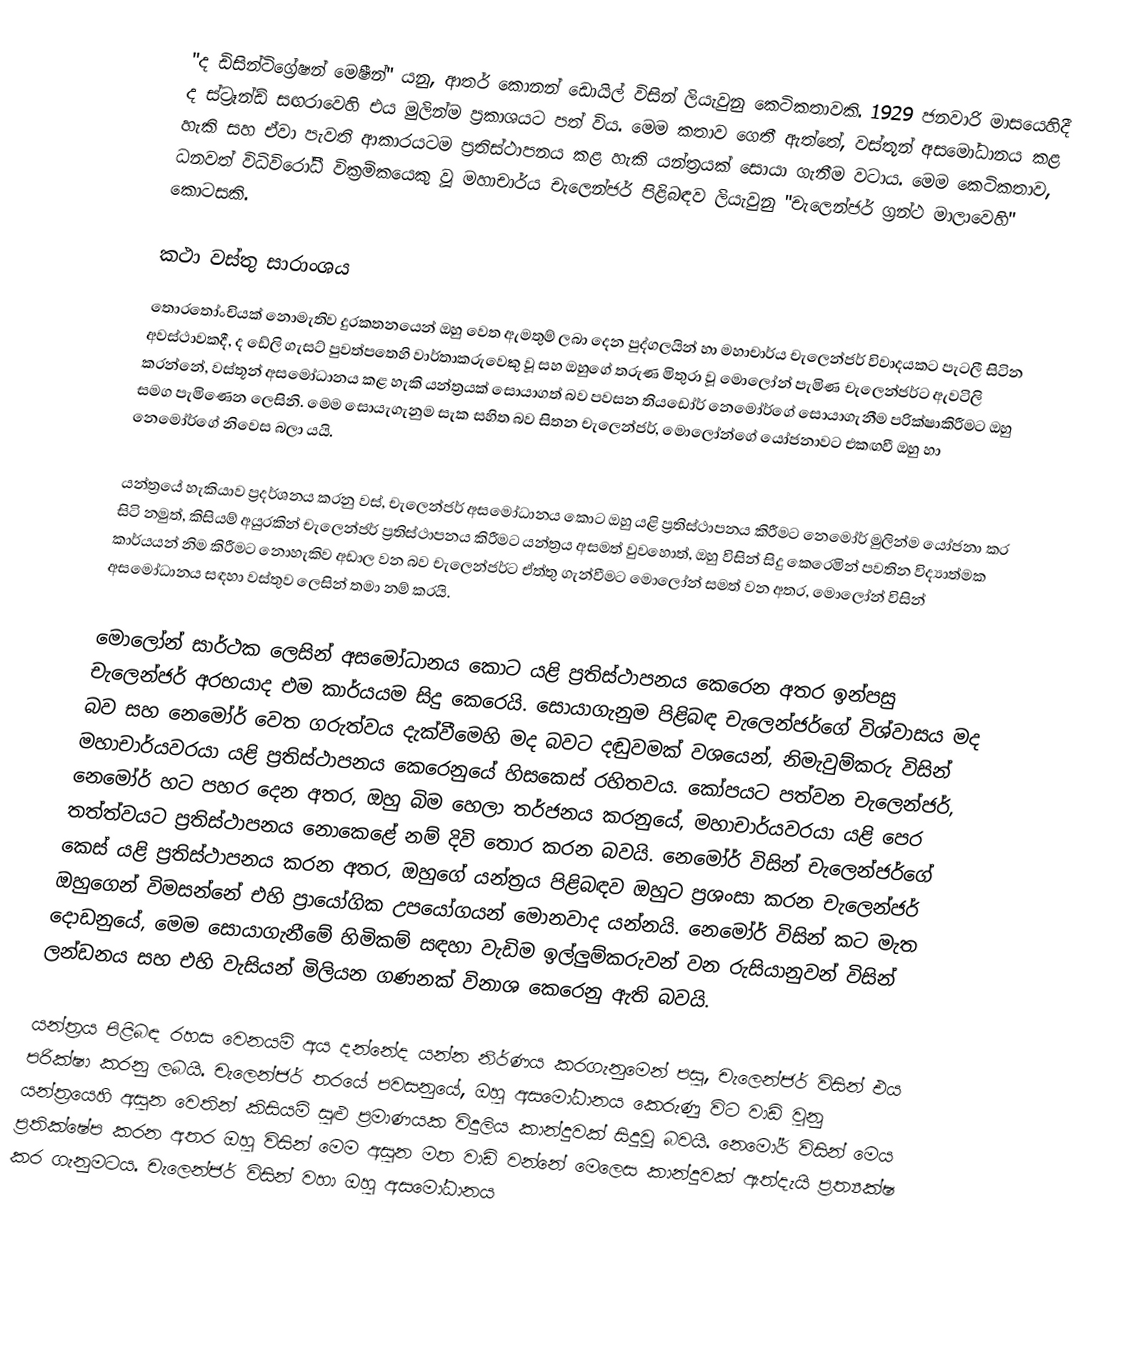
"ද ඩිසින්ටිග්‍රේෂන් මෙෂීන්" යනු,  ආතර් කොනන් ඩොයිල් විසින් ලියැවුනු කෙටිකතාවකි. 1929 ජනවාරි මාසයෙහිදී   ද ස්ට්‍රෑන්ඩ් සඟරාවෙහි එය මුලින්ම ප්‍රකාශයට පත් විය. මෙම කතාව ගෙතී ඇත්තේ, වස්තූන් අසමෝධානය කළ හැකි සහ ඒවා පැවති ආකාරයටම ප්‍රතිස්ථාපනය කළ හැකි   යන්ත්‍රයක් සොයා ගැනීම වටාය. මෙම කෙටිකතාව,  ධනවත් විධිවිරෝධී වික්‍රමිකයෙකු වූ මහාචාර්ය චැලෙන්ජර් පිළිබඳව ලියැවුනු "චැලෙන්ජර් ග්‍රන්ථ මාලාවෙහි" කොටසකි.

කථා වස්තු සාරාංශය
තොරතෝංචියක් නොමැතිව  දුරකතනයෙන් ඔහු වෙත ඇමතුම් ලබා දෙන පුද්ගලයින් හා මහාචාර්ය චැලෙන්ජර් විවාදයකට පැටලී සිටින අවස්ථාවකදී, ද ඩේලි ගැසට් පුවත්පතෙහි වාර්තාකරුවෙකු වූ සහ ඔහුගේ තරුණ මිතුරා වූ මොලෝන් පැමිණ චැලෙන්ජර්ට ඇවටිලි කරන්නේ, වස්තූන් අසමෝධානය කළ හැකි යන්ත්‍රයක් සොයාගත් බව පවසන තියඩෝර් නෙමෝර්ගේ සොයාගැනීම පරික්ෂාකිරීමට ඔහු සමග පැමිණෙන ලෙසිනි. මෙම සොයැගැනුම සැක සහිත බව සිතන චැලෙන්ජර්, මොලෝන්ගේ යෝජනාවට එකඟවී ඔහු හා නෙමෝර්ගේ නිවෙස බලා යයි.

යන්ත්‍රයේ  හැකියාව ප්‍රදර්ශනය කරනු වස්, චැලෙන්ජර් අසමෝධානය කොට ඔහු යළි ප්‍රතිස්ථාපනය කිරීමට  නෙමෝර් මුලින්ම යෝජනා කර සිටි නමුත්, කිසියම් අයුරකින් චැලෙන්ජර් ප්‍රතිස්ථාපනය කිරීමට යන්ත්‍රය අසමත් වුවහොත්, ඔහු විසින් සිදු කෙරෙමින් පවතින විද්‍යාත්මක කාර්යයන් නිම කිරීමට නොහැකිව අඩාල වන බව චැලෙන්ජර්ට ඒත්තු ගැන්වීමට මොලෝන් සමත් වන අතර,  මොලෝන් විසින්  අසමෝධානය සඳහා වස්තුව ලෙසින් තමා නම් කරයි.

මොලෝන් සාර්ථක ලෙසින් අසමෝධානය කොට යළි ප්‍රතිස්ථාපනය කෙරෙන අතර ඉන්පසු චැලෙන්ජර් අරභයාද එම කාර්යයම සිදු කෙරෙයි. සොයාගැනුම පිළිබඳ චැලෙන්ජර්ගේ විශ්වාසය මද බව සහ නෙමෝර් වෙත ගරුත්වය දැක්වීමෙහි මද  බවට දඬුවමක් වශයෙන්, නිමැවුම්කරු විසින් මහාචාර්යවරයා යළි ප්‍රතිස්ථාපනය කෙරෙනුයේ හිසකෙස් රහිතවය. කෝපයට පත්වන චැලෙන්ජර්, නෙමෝර් හට පහර දෙන අතර, ඔහු බිම හෙලා තර්ජනය කරනුයේ, මහාචාර්යවරයා යළි පෙර තත්ත්වයට ප්‍රතිස්ථාපනය නොකෙළේ නම් දිවි තොර කරන බවයි. නෙමෝර් විසින් චැලෙන්ජර්ගේ කෙස් යළි ප්‍රතිස්ථාපනය කරන අතර, ඔහුගේ යන්ත්‍රය පිළිබඳව ඔහුට ප්‍රශංසා කරන චැලෙන්ජර් ඔහුගෙන් විමසන්නේ එහි ප්‍රායෝගික උපයෝගයන් මොනවාද යන්නයි. නෙමෝර් විසින් කට මැත දොඩනුයේ, මෙම සොයාගැනීමේ හිමිකම් සඳහා වැඩිම ඉල්ලුම්කරුවන් වන රුසියානුවන් විසින් ලන්ඩනය සහ එහි වැසියන් මිලියන ගණනක් විනාශ කෙරෙනු ඇති බවයි.

යන්ත්‍රය පිළිබඳ රහස වෙනයම් අය දන්නේද යන්න නිර්ණය කරගැනුමෙන් පසු, චැලෙන්ජර් විසින් එය පරික්ෂා කරනු ලබයි. චැලෙන්ජර් තරයේ පවසනුයේ, ඔහු අසමෝධානය කෙරුණු විට වාඩි වුනු යන්ත්‍රයෙහි අසුන වෙතින් කිසියම් සුළු ප්‍රමාණයක විදුලිය කාන්දුවක් සිදුවූ බවයි. නෙමෝර් විසින් මෙය ප්‍රතික්ෂේප කරන අතර ඔහු විසින් මෙම අසුන මත වාඩි වන්නේ මෙලෙස කාන්දුවක් ඇත්දැයි ප්‍රත්‍යක්ෂ කර ගැනුමටය. චැලෙන්ජර් විසින් වහා ඔහු අසමෝධානය